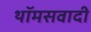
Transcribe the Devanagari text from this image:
थॉमसवादी